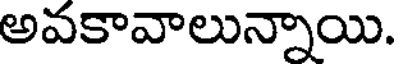
అవకావాలున్నాయి.